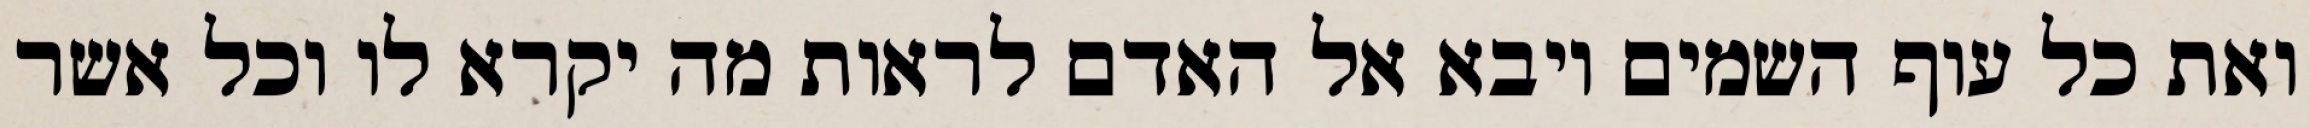
ואת כל עוף השמים ויבא אל האדם לראות מה יקרא לו וכל אשר